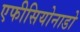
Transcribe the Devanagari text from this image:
एफीसियोनाडो